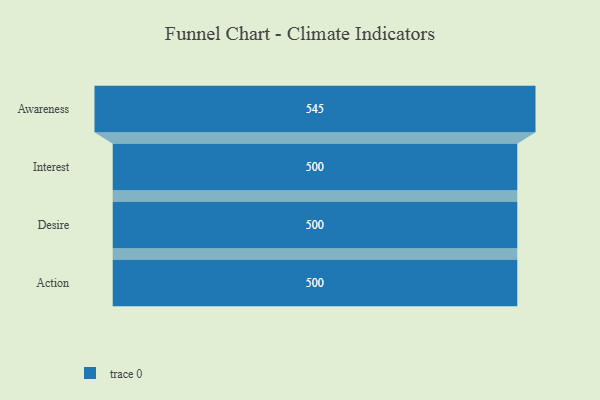
{"axis": {"x": "Stage", "y": "Value"}, "legend": [""], "data": [{"x": "Awareness", "y": 545.0, "type": ""}, {"x": "Interest", "y": 500, "type": ""}, {"x": "Desire", "y": 500, "type": ""}, {"x": "Action", "y": 500, "type": ""}]}